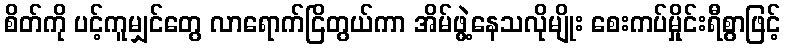
စိတ်ကို ပင့်ကူမျှင်တွေ လာရောက်ငြိတွယ်ကာ အိမ်ဖွဲ့နေသလိုမျိုး စေးကပ်မှိုင်းရီစွာဖြင့်